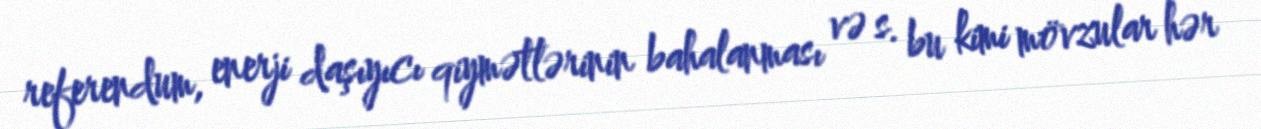
referendum, enerji daşıyıcı qiymətlərinin bahalanması və s. bu kimi mövzular hər